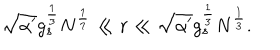
\sqrt { \alpha ^ { \prime } } g _ { s } ^ { \frac { 1 } { 3 } } N ^ { \frac { 1 } { 7 } } \ll r \ll \sqrt { \alpha ^ { \prime } } g _ { s } ^ { \frac { 1 } { 3 } } N ^ { \frac { 1 } { 3 } } .